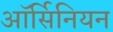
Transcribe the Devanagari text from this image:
ऑर्सिनियन